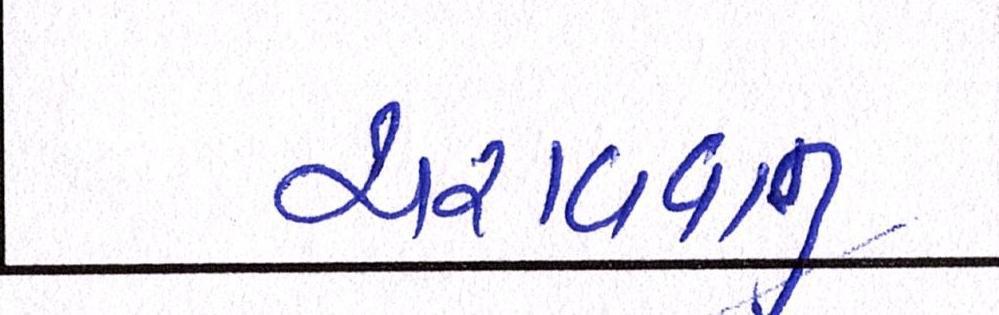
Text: ચરાવવાનુ